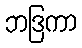
ဘဒြကာ